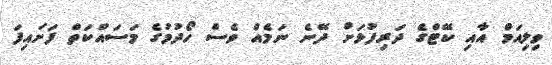
ވިލިއަމް އާއި ކޭޓްގެ ދަރިފުޅަށް ދޭނެ ނަމެއް ވެސް ހޯދުމުގެ މަސައްކަތް ފަށައިފަ